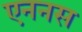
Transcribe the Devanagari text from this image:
एननस